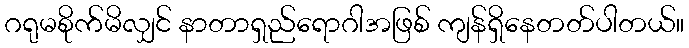
ဂရုမစိုက်မိလျှင် နာတာရှည်ရောဂါအဖြစ် ကျန်ရှိနေတတ်ပါတယ်။